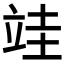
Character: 𮄭